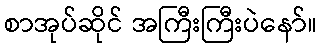
စာအုပ်ဆိုင် အကြီးကြီးပဲနော်။